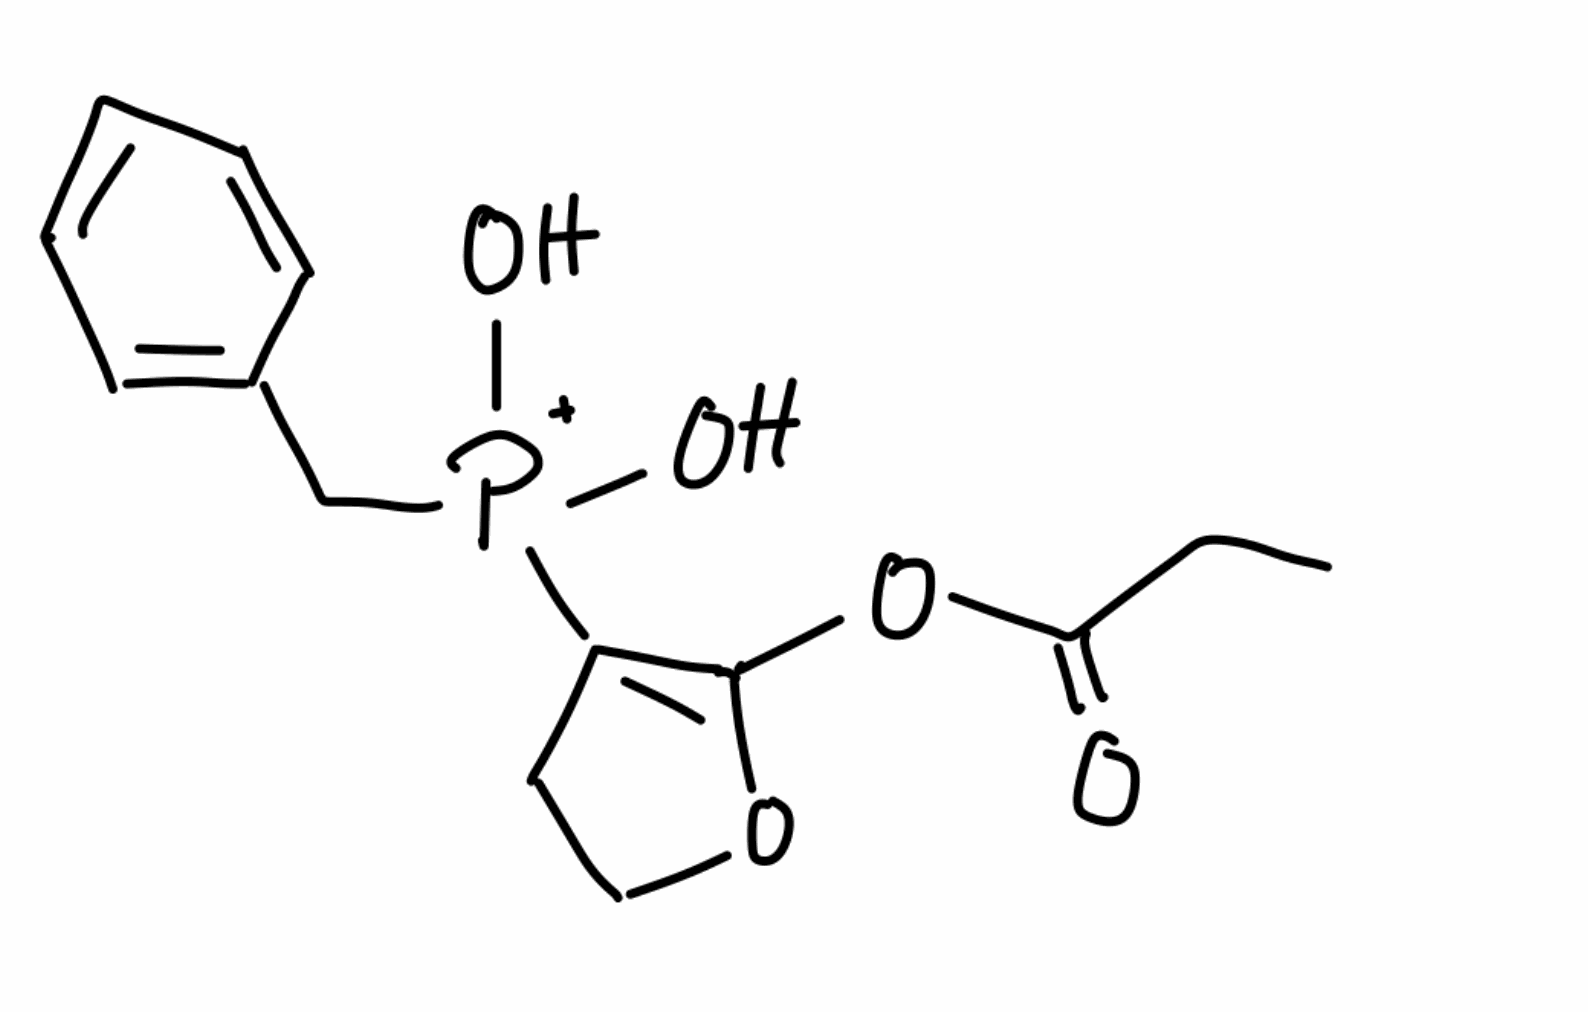
Simplified molecular-input line-entry system (SMILES) notation of the given molecule:
CCC(=O)OC1=C(CCO1)[P+](CC2=CC=CC=C2)(O)O